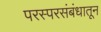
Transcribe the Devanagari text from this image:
परस्परसंबंधातून